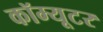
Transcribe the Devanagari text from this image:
कॉम्यूटर